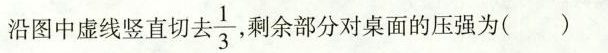
沿图中虚线竖直切\frac{1}{3}剩余部分对桌面的压强为( )